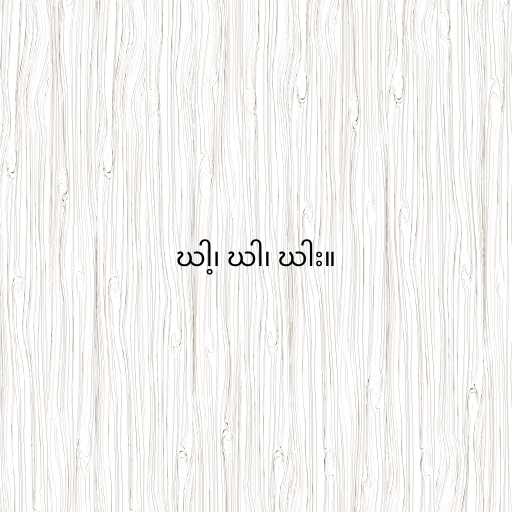
ဃါ့၊ ဃါ၊ ဃါး။